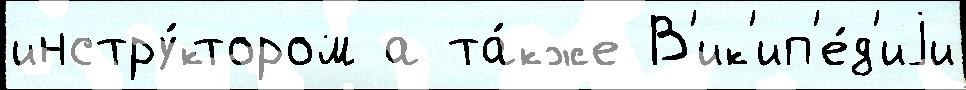
инстру́ктором а та́кже В'ик'ип'е́д'иjи